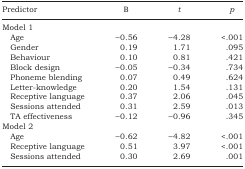
<table><thead><tr><td><b>Predictor</b></td><td><b><i>B</i></b></td><td><b><i>t</i></b></td><td><b><i>p</i></b></td></tr></thead><tbody><tr><td colspan="4">Model 1</td></tr><tr><td> Age</td><td>−0.56</td><td>−4.28</td><td>&lt;.001</td></tr><tr><td> Gender</td><td>0.19</td><td>1.71</td><td>.095</td></tr><tr><td> Behaviour</td><td>0.10</td><td>0.81</td><td>.421</td></tr><tr><td> Block design</td><td>−0.05</td><td>−0.34</td><td>.734</td></tr><tr><td> Phoneme blending</td><td>0.07</td><td>0.49</td><td>.624</td></tr><tr><td> Letter-knowledge</td><td>0.20</td><td>1.54</td><td>.131</td></tr><tr><td> Receptive language</td><td>0.37</td><td>2.06</td><td>.045</td></tr><tr><td> Sessions attended</td><td>0.31</td><td>2.59</td><td>.013</td></tr><tr><td> TA effectiveness</td><td>−0.12</td><td>−0.96</td><td>.345</td></tr><tr><td colspan="4">Model 2</td></tr><tr><td> Age</td><td>−0.62</td><td>−4.82</td><td>&lt;.001</td></tr><tr><td> Receptive language</td><td>0.51</td><td>3.97</td><td>&lt;.001</td></tr><tr><td> Sessions attended</td><td>0.30</td><td>2.69</td><td>.001</td></tr></tbody></table>